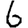
Digit: 6